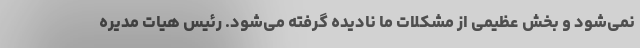
نمی‌شود و بخش عظیمی از مشکلات ما نادیده گرفته می‌شود. رئیس هیات مدیره